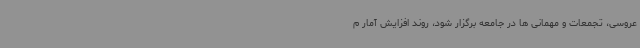
عروسی، تجمعات و مهمانی ها در جامعه برگزار شود، روند افزایش آمار م